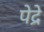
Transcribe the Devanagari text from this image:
पेद्रे